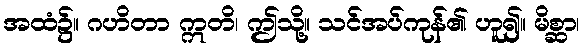
အထံ၌။ ဂဟိတာ ဣတိ၊ ဤသို့။ သင်အပ်ကုန်၏ ဟူ၍။ မိစ္ဆာ၊